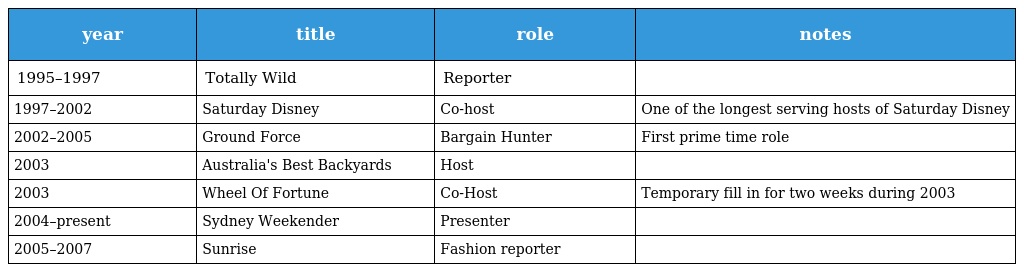
| year | title | role | notes |
 | --- | --- | --- | --- |
 | 1995–1997 | Totally Wild | Reporter |  |
 | 1997–2002 | Saturday Disney | Co-host | One of the longest serving hosts of Saturday Disney |
 | 2002–2005 | Ground Force | Bargain Hunter | First prime time role |
 | 2003 | Australia's Best Backyards | Host |  |
 | 2003 | Wheel Of Fortune | Co-Host | Temporary fill in for two weeks during 2003 |
 | 2004–present | Sydney Weekender | Presenter |  |
 | 2005–2007 | Sunrise | Fashion reporter |  |